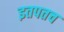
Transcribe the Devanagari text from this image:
इतपतच